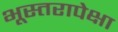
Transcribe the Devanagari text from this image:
भूस्तरापेक्षा